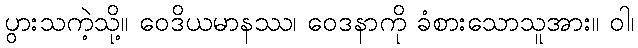
ပွားသကဲ့သို့။ ဝေဒိယမာနဿ၊ ဝေဒနာကို ခံစားသောသူအား။ ဝါ၊